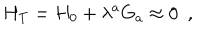
H _ { T } = H _ { 0 } + \lambda ^ { a } G _ { a } \approx 0 \, \, \, ,